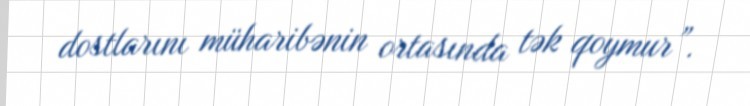
dostlarını müharibənin ortasında tək qoymur”.